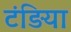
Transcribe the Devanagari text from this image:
टंड़िया